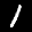
Label: 1